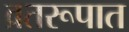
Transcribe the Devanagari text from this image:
व्रतरूपात